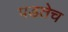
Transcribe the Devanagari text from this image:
पडतेच